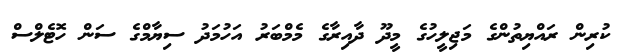
ކުރިން ރައްޔިތުންގެ މަޖިލީހުގެ މީދޫ ދާއިރާގެ މެމްބަރު އަހުމަދު ސިޔާމްގެ ސަން ހޮޓެލްސް